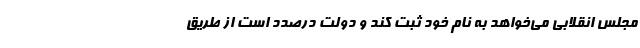
مجلس انقلابی می‌خواهد به نام خود ثبت کند و دولت درصدد است از طریق